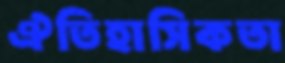
ঐতিহাসিকতা